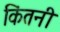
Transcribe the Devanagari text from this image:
किंतनी